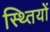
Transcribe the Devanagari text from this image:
स्थ्तियों